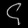
Digit: ၄